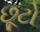
છૂટો